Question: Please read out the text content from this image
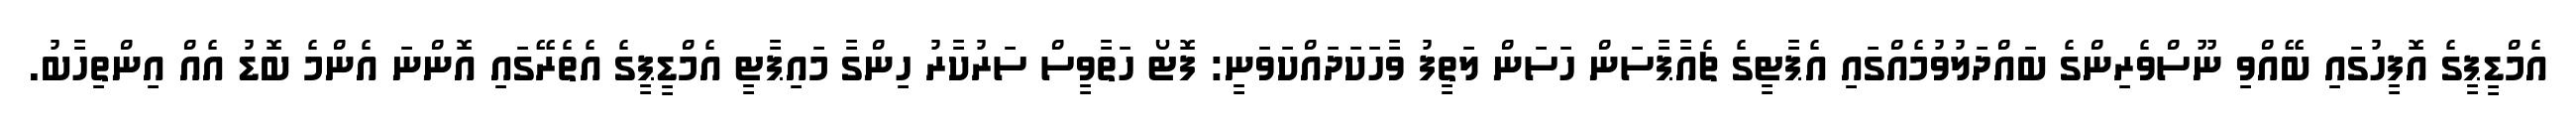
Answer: އެމްޑީޕީގެ އޮފީހުގައި ބޭއްވި ނޫސްވެރިންގެ ބައްދަލުވުމެއްގައި އެޕާޓީގެ ޗެއާޕާސަން ހަސަން ލަތީފު ވާހަކަދައްކަވަނީ: ފޮޓޯ ހަތާވީސް ސަރުކާރު ހިންގާ މައިޕާޓީ އެމްޑީޕީގެ އެތެރޭގައި އޮންނަ އެންމެ ބޮޑު އެއް އިންތިހާބު.